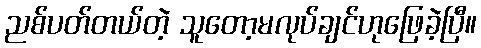
ညစ်ပတ်တယ်တဲ့ သူတော့မလုပ်ချင်ဟုဖြေခဲ့ပြီ။